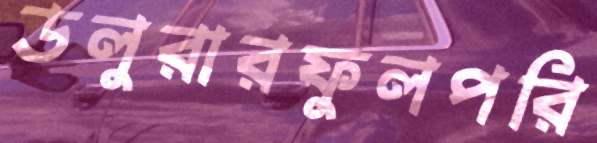
ডলুরারফুলপরি